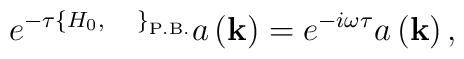
e^{-\tau\left\{H_{0},\;\;\;\;\;\right\}_{\rm P.B.}}a\left({\bf k}\right)=e^{-i\omega\tau}a\left({\bf k}\right),